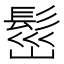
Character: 𩬷